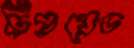
ট্রিপ্লয়েড